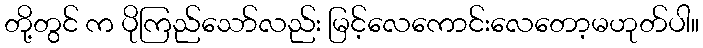
တို့တွင် က ပိုကြည်သော်လည်း မြင့်လေကောင်းလေတော့မဟုတ်ပါ။